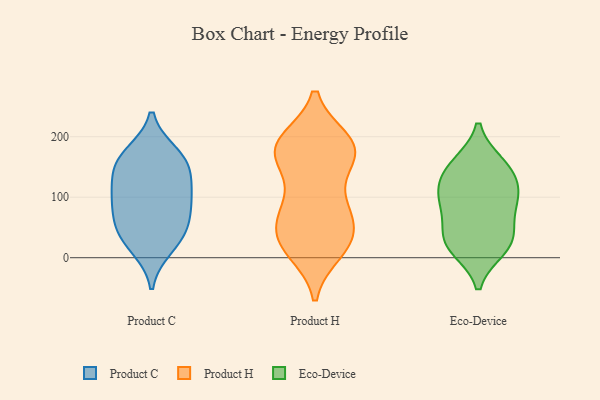
{"axis": {"x": "Revenue (USD Million)", "y": "Value"}, "legend": ["Eco-Device", "Product C", "Product H"], "data": [{"x": "", "y": 17, "type": "Product C"}, {"x": "", "y": 95, "type": "Product C"}, {"x": "", "y": 146, "type": "Product C"}, {"x": "", "y": 158, "type": "Product C"}, {"x": "", "y": 83, "type": "Product C"}, {"x": "", "y": 163, "type": "Product C"}, {"x": "", "y": 51, "type": "Product C"}, {"x": "", "y": 32, "type": "Product C"}, {"x": "", "y": 51, "type": "Product C"}, {"x": "", "y": 117, "type": "Product C"}, {"x": "", "y": 104, "type": "Product C"}, {"x": "", "y": 171, "type": "Product C"}, {"x": "", "y": 94, "type": "Product H"}, {"x": "", "y": 170, "type": "Product H"}, {"x": "", "y": 173, "type": "Product H"}, {"x": "", "y": 16, "type": "Product H"}, {"x": "", "y": 191, "type": "Product H"}, {"x": "", "y": 26, "type": "Product H"}, {"x": "", "y": 188, "type": "Product H"}, {"x": "", "y": 85, "type": "Product H"}, {"x": "", "y": 193, "type": "Product H"}, {"x": "", "y": 193, "type": "Product H"}, {"x": "", "y": 61, "type": "Product H"}, {"x": "", "y": 168, "type": "Product H"}, {"x": "", "y": 43, "type": "Product H"}, {"x": "", "y": 168, "type": "Product H"}, {"x": "", "y": 29, "type": "Product H"}, {"x": "", "y": 164, "type": "Product H"}, {"x": "", "y": 11, "type": "Product H"}, {"x": "", "y": 68, "type": "Product H"}, {"x": "", "y": 23, "type": "Product H"}, {"x": "", "y": 88, "type": "Product H"}, {"x": "", "y": 115, "type": "Eco-Device"}, {"x": "", "y": 90, "type": "Eco-Device"}, {"x": "", "y": 136, "type": "Eco-Device"}, {"x": "", "y": 151, "type": "Eco-Device"}, {"x": "", "y": 25, "type": "Eco-Device"}, {"x": "", "y": 16, "type": "Eco-Device"}, {"x": "", "y": 154, "type": "Eco-Device"}, {"x": "", "y": 34, "type": "Eco-Device"}, {"x": "", "y": 29, "type": "Eco-Device"}, {"x": "", "y": 83, "type": "Eco-Device"}, {"x": "", "y": 98, "type": "Eco-Device"}]}